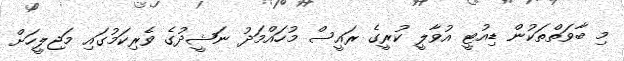
މި ބާވަތްތަކުން ޑިއުޓީ އުވާލީ ކުރީގެ ރައީސް މުހައްމަދު ނަޝީދުގެ ވެރިކަމުގައި މަޖިލީހަށް